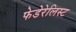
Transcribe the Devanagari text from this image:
फेडेरेलिस्ट